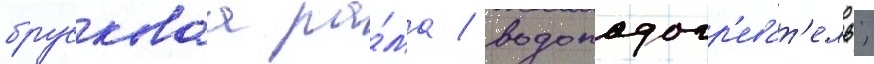
брусковаа ра́ма / водоподогр'еват'ель;